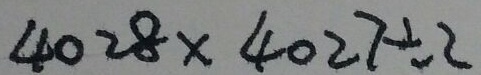
4 0 2 8 \times 4 0 2 7 \div 2